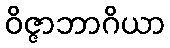
ဝိဇ္ဇာဘာဂိယာ